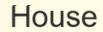
House